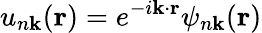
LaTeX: u_{n\mathbf{k}}(\mathbf{r})=e^{-i\mathbf{k}\cdot\mathbf{r}}\psi_{n\mathbf{k}}(\mathbf{r})